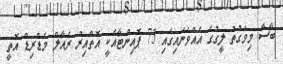
ބާސާ މިވަގުތު ލީގުގެ އެއްވަނައިގައި 75 ޕޮއިންޓާއެކީ އޮތްއިރު ރެއާލް މެޑްރިޑް އޮތީ